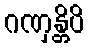
ဂဏှန္တိပိ